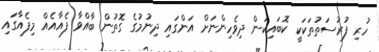
ހުރި ފުރުސަތުތަކަކީ ކޮބައިކަން ދިވެހިންނަށް އަންގައި ދިނުމުގެ ގޮތުން ބާއްވާ ފެއާއެއް މިފެއާގައި